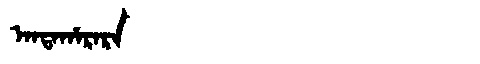
Manchu: ᠠᠨᡨᠠᡥᠠᡵᠠᡵᠠ
Romanization: ANTAHARARA